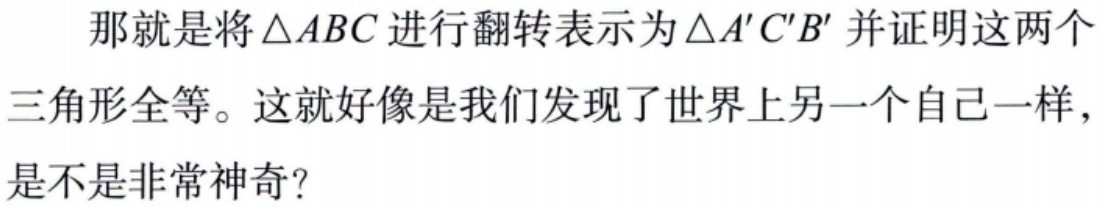
那就是将\(\triangle ABC\)进行翻转表示为\(\triangle A'C'B'\)并证明这两个三角形全等。这就好像是我们发现了世界上另一个自己一样，是不是非常神奇？